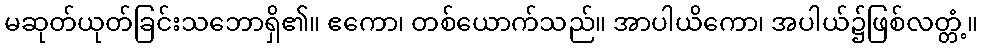
မဆုတ်ယုတ်ခြင်းသဘောရှိ၏။ ဧကော၊ တစ်ယောက်သည်။ အာပါယိကော၊ အပါယ်၌ဖြစ်လတ္တံ့။